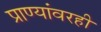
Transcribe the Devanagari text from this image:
प्राण्यांवरही